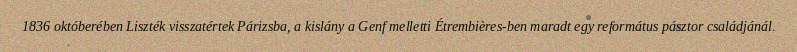
1836 októberében Liszték visszatértek Párizsba, a kislány a Genf melletti Étrembières-ben maradt egy református pásztor családjánál.